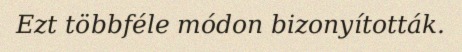
Ezt többféle módon bizonyították.